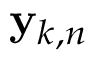
{ \bf y } _ { k , n }